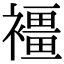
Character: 𧝿